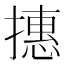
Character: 𢴥